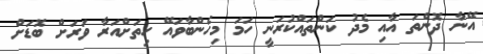
އޭނާ ދޮންތަ އާއި މެދު ކަންތައްކުރަނީ ހަމަ މިހެންބާވައޭ ހިތަށްއަރާ ވަރަށް ބޮޑަށް